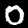
Digit: 0